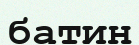
батин